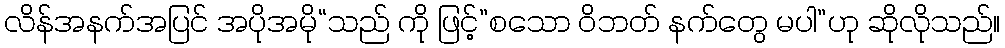
လိန်အနက်အပြင် အပိုအမို“သည် ကို ဖြင့်”စသော ဝိဘတ် နက်တွေ မပါ”ဟု ဆိုလိုသည်။